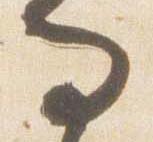
而